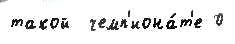
такой  чемп'иона́т'е 0